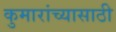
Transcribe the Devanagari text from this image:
कुमारांच्यासाठी